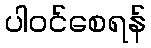
ပါဝင်စေရန်